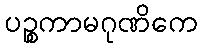
ပဉ္စကာမဂုဏိကေ